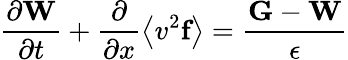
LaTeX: \frac{\partial\textbf{W}}{\partial t}+\frac{\partial}{\partial x}\left\langle v^{2}\textbf{f}\right\rangle=\frac{\textbf{G}-\textbf{W}}{\epsilon}